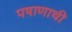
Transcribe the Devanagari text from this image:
पषाणाची